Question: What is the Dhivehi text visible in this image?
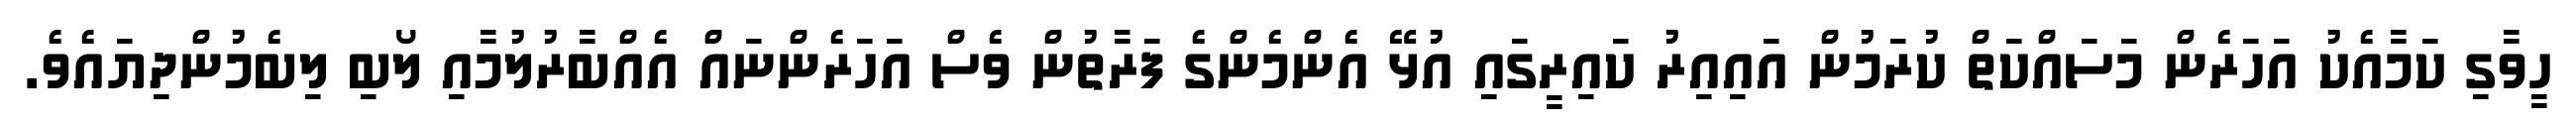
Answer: ހީވާގި ކަމާއެކު އަހަރެން މަސައްކަތް ކުރަމުން އައިއިރު ކައިރީގައި އުޅޭ އެންމެންގެ ފަރާތުން ވެސް އަހަރެންނައް އެއްބާރުލުމާއި ލޯބި ލިބެމުންދިޔައެވެ.